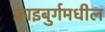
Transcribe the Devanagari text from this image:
फ्राइबुर्गमधील